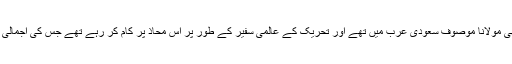
جن دنوں پاکستان میں تحریک ختم نبوت جاری تھی مولانا موصوف سعودی عرب میں تھے اور تحریک کے عالمی سفیر کے طور پر اس محاذ پر کام کر رہے تھے جس کی اجمالی رپورٹ قارئین ترجمان اسلام میں پڑھ چکے ہیں ۔